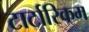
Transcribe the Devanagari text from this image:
टार्टारिकम